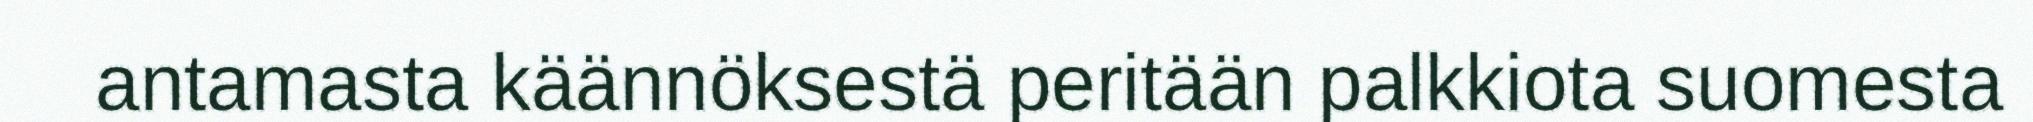
antamasta käännöksestä peritään palkkiota suomesta